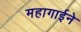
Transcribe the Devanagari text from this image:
महागाईने